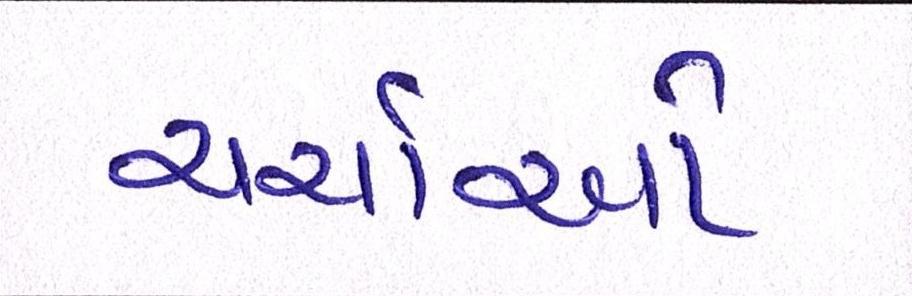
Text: ચર્ચાઓ